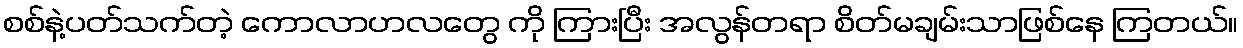
စစ်နဲ့ပတ်သက်တဲ့ ကောလာဟလတွေ ကို ကြားပြီး အလွန်တရာ စိတ်မချမ်းသာဖြစ်နေ ကြတယ်။